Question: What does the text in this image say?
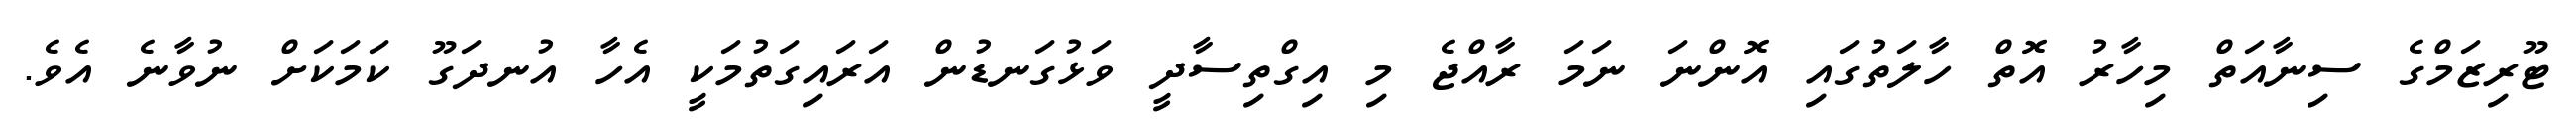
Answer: ޓޫރިޒަމްގެ ސިނާއަތް މިހާރު އޮތް ހާލަތުގައި އޮންނަ ނަމަ ރާއްޖެ މި އިގްތިސާދީ ވަޅުގަނޑުން އަރައިގަތުމަކީ އެހާ އުނދަގޫ ކަމަކަށް ނުވާނެ އެވެ.